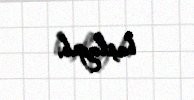
başlayıb.